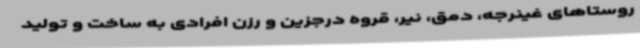
روستاهای غینرجه، دمق، نیر، قروه درجزین و رزن افرادی به ساخت و تولید